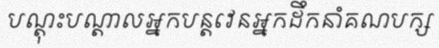
បណ្តុះបណ្តាលអ្នកបន្តវេនអ្នកដឹកនាំគណបក្ស